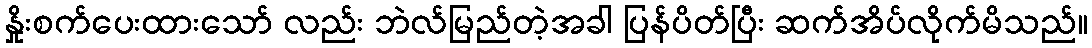
နှိုးစက်ပေးထားသော် လည်း ဘဲလ်မြည်တဲ့အခါ ပြန်ပိတ်ပြီး ဆက်အိပ်လိုက်မိသည်။